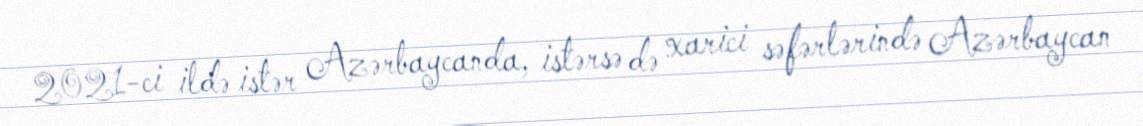
2021-ci ildə istər Azərbaycanda, istərsə də xarici səfərlərində Azərbaycan